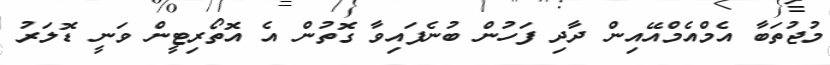
މުޖުތަބާ އެމްއެމްއޭއިން ދާދި ފަހުން ބުނެފައިވާ ގޮތުން އެ އޮތޯރިޓީން ވަނީ ޑޮލަރު